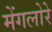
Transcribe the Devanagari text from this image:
मेंगलोरे